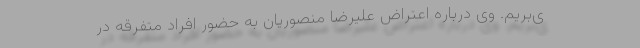
ی‌بریم. وی درباره اعتراض علیرضا منصوریان به حضور افراد متفرقه در